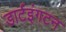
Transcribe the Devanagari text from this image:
डार्टइंगटन